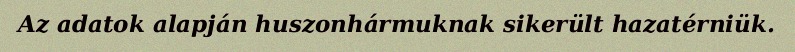
Az adatok alapján huszonhármuknak sikerült hazatérniük.